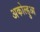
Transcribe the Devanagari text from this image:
अकोल्हुआ